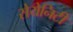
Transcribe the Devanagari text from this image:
सेयेनिटी